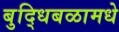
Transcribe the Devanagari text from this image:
बुद्धिबळामधे